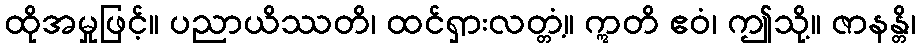
ထိုအမှုဖြင့်။ ပညာယိဿတိ၊ ထင်ရှားလတ္တံ့။ ဣတိ ဧဝံ၊ ဤသို့။ ဇာနန္တိ၊